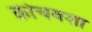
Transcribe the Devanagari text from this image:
क्रोचवशा